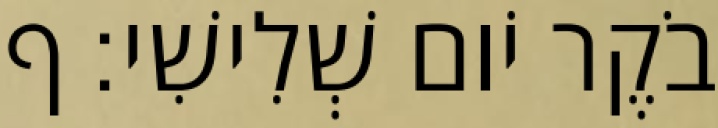
בֹקֶר יֹום שְׁלִישִׁי׃ ף